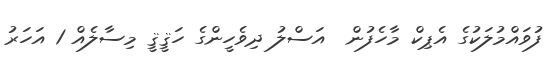
ފުވައްމުލަކުގެ އެޕިކް މާހެފުން  އަސްލު ދިވެހީންގެ ހަޤީޤީ މިސާލެއް 1 އަހަރު